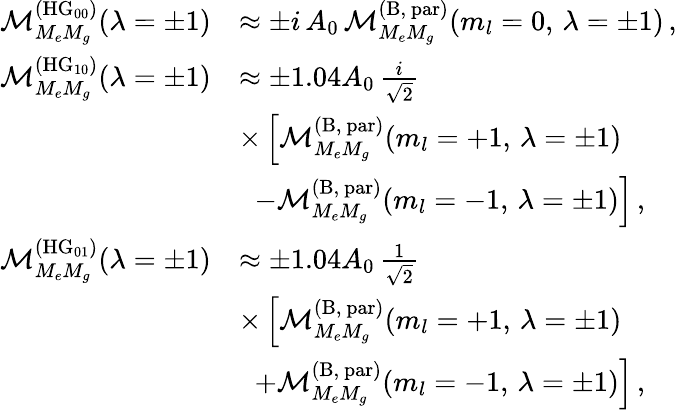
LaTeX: \begin{array}{rl}{\mathcal{M}_{M_{e}M_{g}}^{(\mathrm{HG}_{00})}(\lambda=\pm 1)}&{\approx\pm i\, A_{0}\, \mathcal{M}_{M_{e}M_{g}}^{(\mathrm{B,~par})}(m_{l}=0,\, \lambda=\pm 1)\, ,}\\ {\mathcal{M}_{M_{e}M_{g}}^{(\mathrm{HG}_{10})}(\lambda=\pm 1)}&{\approx\pm 1.04A_{0}\, \frac{i}{\sqrt{2}}}\\ &{\times\left[\mathcal{M}_{M_{e}M_{g}}^{(\mathrm{B,~par})}(m_{l}=+1,\, \lambda=\pm 1)\right.}\\ &{\left.\; \; -\mathcal{M}_{M_{e}M_{g}}^{(\mathrm{B,~par})}(m_{l}=-1,\, \lambda=\pm 1)\right]\, ,}\\ {\mathcal{M}_{M_{e}M_{g}}^{(\mathrm{HG}_{01})}(\lambda=\pm 1)}&{\approx\pm 1.04A_{0}\, \frac{1}{\sqrt{2}}}\\ &{\times\left[\mathcal{M}_{M_{e}M_{g}}^{(\mathrm{B,~par})}(m_{l}=+1,\, \lambda=\pm 1)\right.}\\ &{\left.\; \; +\mathcal{M}_{M_{e}M_{g}}^{(\mathrm{B,~par})}(m_{l}=-1,\, \lambda=\pm 1)\right]\, ,}\end{array}